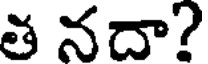
త నదా?